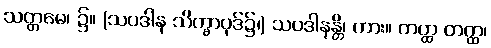
သတ္တမေ၊ ၌။ (သပဒါန သိက္ခာပုဒ်၌၊) သပဒါနန္တိ၊ ကား။ တတ္ထ တတ္ထ၊